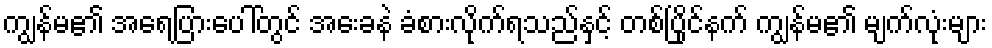
ကျွန်မ၏ အရေပြားပေါ်တွင် အေးခနဲ ခံစားလိုက်ရသည်နှင့် တစ်ပြိုင်နက် ကျွန်မ၏ မျက်လုံးများ